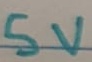
Text: 5V